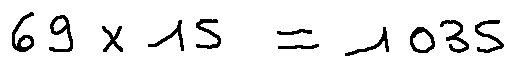
6 9 \times 1 5 = 1 0 3 5